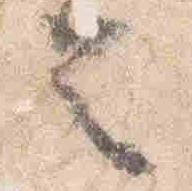
令